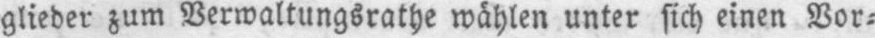
glieder zum Verwaltungsrathe wählen unter sich einen Vor⸗